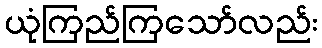
ယုံကြည်ကြသော်လည်း